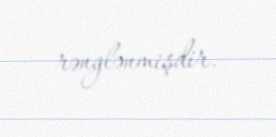
rənglənmişdir.